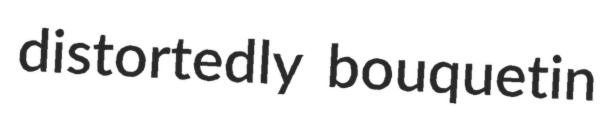
distortedly bouquetin